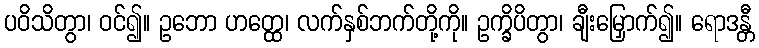
ပဝိသိတွာ၊ ဝင်၍။ ဥဘော ဟတ္ထေ၊ လက်နှစ်ဘက်တို့ကို။ ဥက္ခိပိတွာ၊ ချီးမြှောက်၍။ ရောဒန္တီ